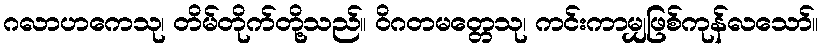
ဂလာဟကေသု၊ တိမ်တိုက်တို့သည်။ ဝိဂတမတ္တေသု၊ ကင်းကာမျှဖြစ်ကုန်လသော်။